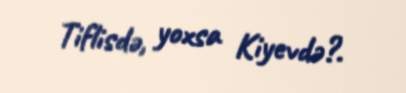
Tiflisdə, yoxsa Kiyevdə?.